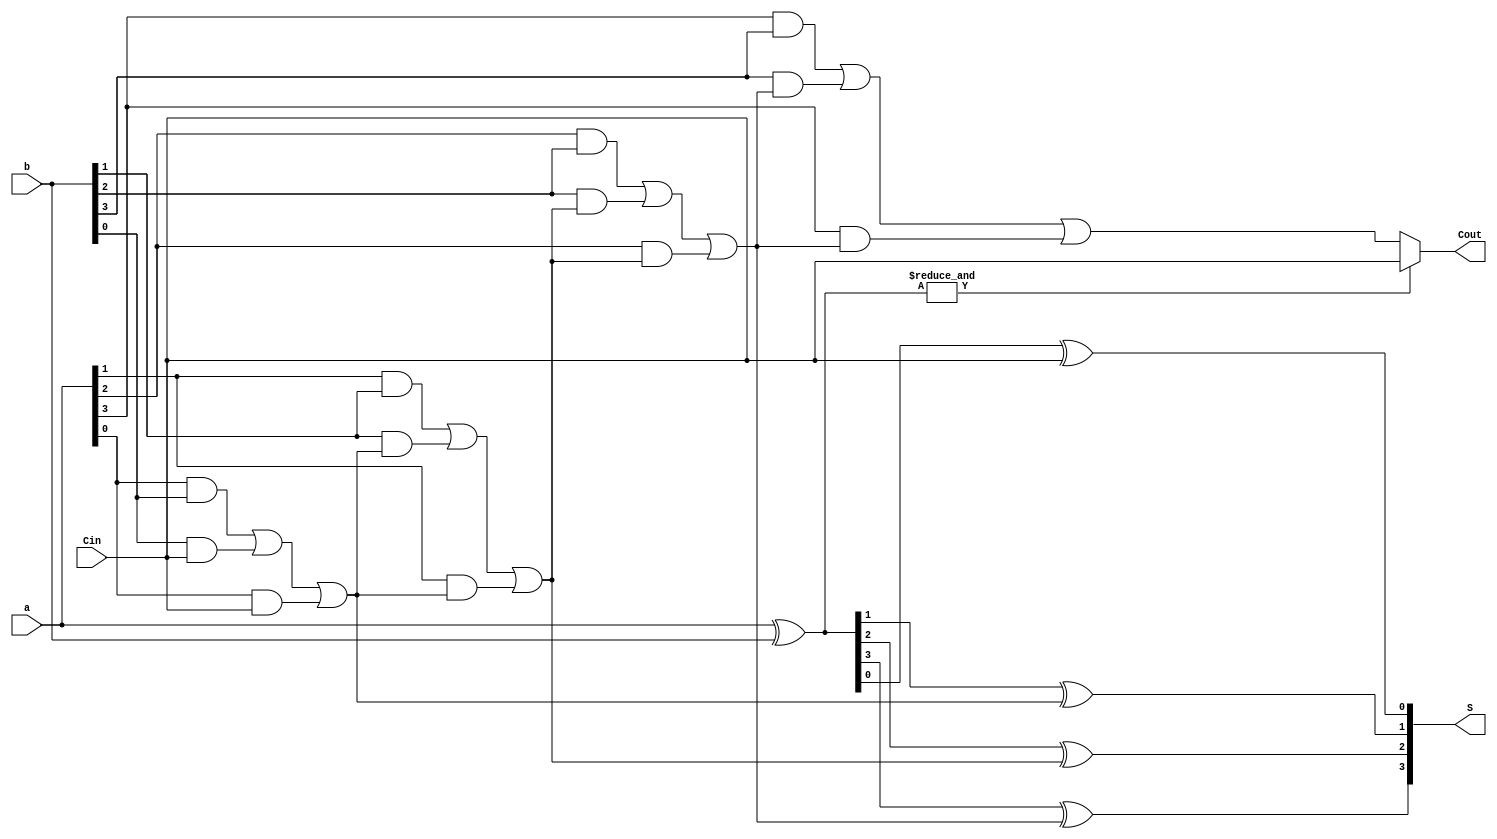
module CarryByPassAdder_4Bit(
	input [3:0]a,
	input [3:0]b,
	input Cin,
	output [3:0]S,
	output Cout
);

	wire [4:0] Carry;
	wire [3:0] P;
	wire Select;

	assign P = a ^ b;
	assign Select = &P;
	assign Carry[0] = Cin;

	genvar i;
	generate
		for(i = 0; i < 4; i=i+1) begin
			// found a small optimization
			assign S[i] = P[i] ^ Carry[i];
			assign Carry[i+1] = (a[i] & b[i]) | (b[i] & Carry[i]) | (a[i] && Carry[i]);
		end
	endgenerate

	assign Cout = Select == 1'b1 ? Cin : Carry[4];

endmodule